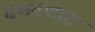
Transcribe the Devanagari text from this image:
ढणढणाट